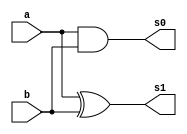
//----------------------------
// Nome: Silvino Henrique Santos de Souza
// Matrcula: 412773
//----------------------------


//----------------------------
//------ Guia 04 - 02---------
//----------------------------



module meiaSomacompacto(s0,s1,a,b);

	output s0,s1;
	input  a, b;
	
	and(s0, a, b);  
	xor(s1,  a, b);
	
	
endmodule // fim meiaSomacompacto

module SomaCompleta (Resultado, Cout, a, b, Cin);

	output Resultado, Cout;
	input  a, b, Cin;
	
	wire temp1, temp2, temp3;
	
	meiaSomacompacto SOMA1(temp1,temp2,a,b);
	meiaSomacompacto SOMA2(temp3,Resultado,temp2,Cin);
	
	or(Cout, temp1, temp3);
		

endmodule // fim SomaCompleta


module testeSomaCompleta;
	
	wire Resultado, Cout;
	reg  a, b, Cin;

	
	SomaCompleta SOMA (Resultado, Cout, a, b, Cin);
	
	initial begin
	
		$display("\n Guia 04 - 02 - Silvino Henrique Santos de Souza - 412773 ");
		$display("\n SOMADOR COMPLETO");
		$display("\n A + B = s0 s1 \n");

		a = 0; b = 0;  Cin = 0;
		$monitor(" %b + %b  = %b %b", a, b, Cout, Resultado);
	#1	a = 0; b = 1;
	
	#1	a = 1; b = 0;
	
	#1	a = 1; b = 1;
	
		
	end
	 
endmodule // fim testeSomaCompleta